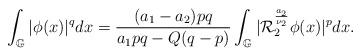
LaTeX: \begin{align*}\int_{\mathbb{G}}|\phi(x)|^{q}dx=\frac{(a_{1}-a_{2})pq}{a_{1}pq-Q(q-p)}\int_{\mathbb{G}}|\mathcal{R}_{2}^{\frac{a_{2}}{\nu_{2}}}\phi(x)|^{p}dx.\end{align*}